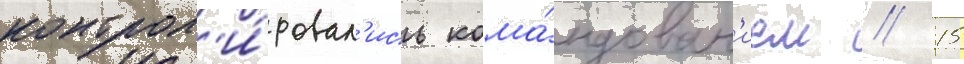
контрол'и́ровал'ись кома́ндован'ием // 15